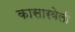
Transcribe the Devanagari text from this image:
कासारवेली